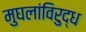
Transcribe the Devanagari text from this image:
मुघलांविरुद्ध